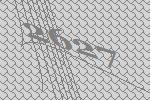
2627